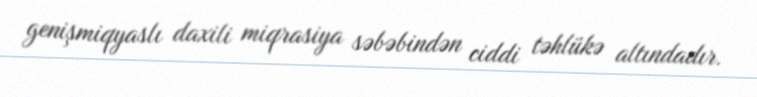
genişmiqyaslı daxili miqrasiya səbəbindən ciddi təhlükə altındadır.